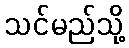
သင်မည်သို့